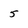
Character: 5